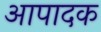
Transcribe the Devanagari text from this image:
आपादक